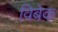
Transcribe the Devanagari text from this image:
विबेक